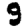
Digit: 9